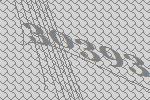
30393